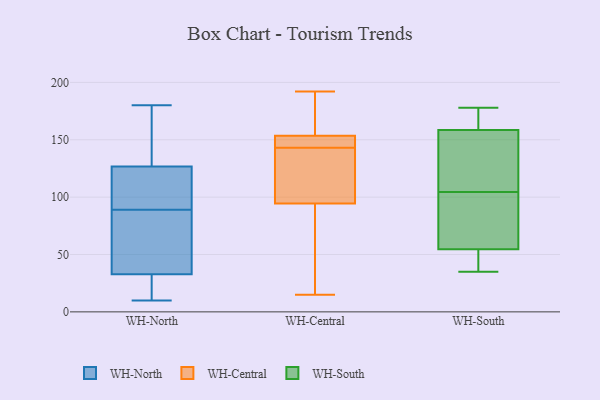
{"axis": {"x": "Customer Acquisition Cost (USD)", "y": "Value"}, "legend": ["WH-Central", "WH-North", "WH-South"], "data": [{"x": "", "y": 98, "type": "WH-North"}, {"x": "", "y": 180, "type": "WH-North"}, {"x": "", "y": 26, "type": "WH-North"}, {"x": "", "y": 10, "type": "WH-North"}, {"x": "", "y": 11, "type": "WH-North"}, {"x": "", "y": 89, "type": "WH-North"}, {"x": "", "y": 83, "type": "WH-North"}, {"x": "", "y": 30, "type": "WH-North"}, {"x": "", "y": 76, "type": "WH-North"}, {"x": "", "y": 131, "type": "WH-North"}, {"x": "", "y": 160, "type": "WH-North"}, {"x": "", "y": 41, "type": "WH-North"}, {"x": "", "y": 114, "type": "WH-North"}, {"x": "", "y": 99, "type": "WH-North"}, {"x": "", "y": 164, "type": "WH-North"}, {"x": "", "y": 15, "type": "WH-Central"}, {"x": "", "y": 139, "type": "WH-Central"}, {"x": "", "y": 109, "type": "WH-Central"}, {"x": "", "y": 87, "type": "WH-Central"}, {"x": "", "y": 97, "type": "WH-Central"}, {"x": "", "y": 145, "type": "WH-Central"}, {"x": "", "y": 192, "type": "WH-Central"}, {"x": "", "y": 158, "type": "WH-Central"}, {"x": "", "y": 152, "type": "WH-Central"}, {"x": "", "y": 24, "type": "WH-Central"}, {"x": "", "y": 176, "type": "WH-Central"}, {"x": "", "y": 151, "type": "WH-Central"}, {"x": "", "y": 143, "type": "WH-Central"}, {"x": "", "y": 52, "type": "WH-South"}, {"x": "", "y": 77, "type": "WH-South"}, {"x": "", "y": 178, "type": "WH-South"}, {"x": "", "y": 122, "type": "WH-South"}, {"x": "", "y": 158, "type": "WH-South"}, {"x": "", "y": 159, "type": "WH-South"}, {"x": "", "y": 175, "type": "WH-South"}, {"x": "", "y": 35, "type": "WH-South"}, {"x": "", "y": 92, "type": "WH-South"}, {"x": "", "y": 57, "type": "WH-South"}, {"x": "", "y": 117, "type": "WH-South"}, {"x": "", "y": 51, "type": "WH-South"}]}